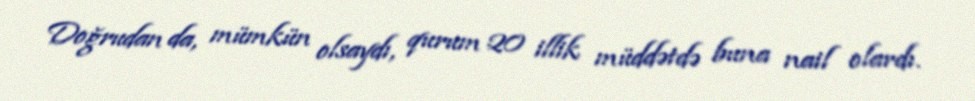
Doğrudan da, mümkün olsaydı, qurum 20 illik müddətdə buna nail olardı.